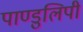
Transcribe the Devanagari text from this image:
पाण्डुलिपी